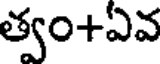
త్వం+ఏవ